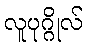
လူပုဂ္ဂိုလ်